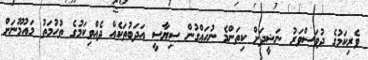
ވެރިކަމުގެ ދުވަސްވަރު ނަޝީދަށް ކިތަންމެ ނުހައްގުން ސިޔާސީ އަދަބުތަކެއް ދެއްވިކަމުގެ ތުހުމަތު މައުމޫނަށް